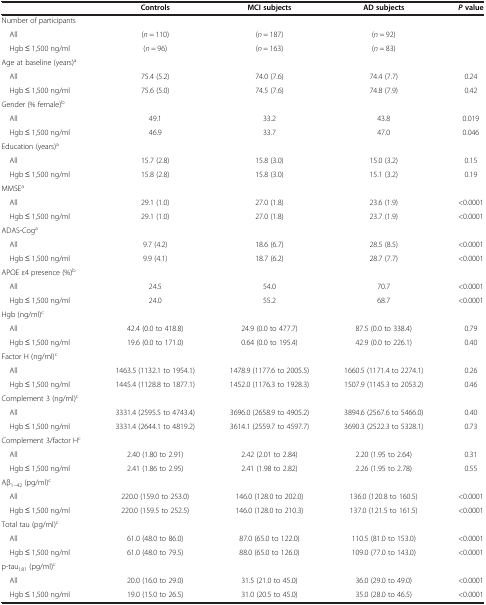
<table><thead><tr><td><b> </b></td><td><b>Controls</b></td><td><b>MCI subjects</b></td><td><b>AD subjects</b></td><td><b><i>P </i>value</b></td></tr></thead><tbody><tr><td>Number of participants</td><td> </td><td> </td><td> </td><td> </td></tr><tr><td> All</td><td>(<i>n</i> = 110)</td><td>(<i>n</i> = 187)</td><td>(<i>n</i> = 92)</td><td> </td></tr><tr><td> Hgb ≤ 1,500 ng/ml</td><td>(<i>n</i> = 96)</td><td>(<i>n</i> = 163)</td><td>(<i>n</i> = 83)</td><td> </td></tr><tr><td>Age at baseline (years)<sup>a</sup></td><td> </td><td> </td><td> </td><td> </td></tr><tr><td> All</td><td>75.4 (5.2)</td><td>74.0 (7.6)</td><td>74.4 (7.7)</td><td>0.24</td></tr><tr><td> Hgb ≤ 1,500 ng/ml</td><td>75.6 (5.0)</td><td>74.5 (7.6)</td><td>74.8 (7.9)</td><td>0.42</td></tr><tr><td>Gender (% female)<sup>b</sup></td><td> </td><td> </td><td> </td><td> </td></tr><tr><td> All</td><td>49.1</td><td>33.2</td><td>43.8</td><td>0.019</td></tr><tr><td> Hgb ≤ 1,500 ng/ml</td><td>46.9</td><td>33.7</td><td>47.0</td><td>0.046</td></tr><tr><td>Education (years)<sup>a</sup></td><td> </td><td> </td><td> </td><td> </td></tr><tr><td> All</td><td>15.7 (2.8)</td><td>15.8 (3.0)</td><td>15.0 (3.2)</td><td>0.15</td></tr><tr><td> Hgb ≤ 1,500 ng/ml</td><td>15.8 (2.8)</td><td>15.8 (3.0)</td><td>15.1 (3.2)</td><td>0.19</td></tr><tr><td>MMSE<sup>a</sup></td><td> </td><td> </td><td> </td><td> </td></tr><tr><td> All</td><td>29.1 (1.0)</td><td>27.0 (1.8)</td><td>23.6 (1.9)</td><td>&lt;0.0001</td></tr><tr><td> Hgb ≤ 1,500 ng/ml</td><td>29.1 (1.0)</td><td>27.0 (1.8)</td><td>23.7 (1.9)</td><td>&lt;0.0001</td></tr><tr><td>ADAS-Cog<sup>a</sup></td><td> </td><td> </td><td> </td><td> </td></tr><tr><td> All</td><td>9.7 (4.2)</td><td>18.6 (6.7)</td><td>28.5 (8.5)</td><td>&lt;0.0001</td></tr><tr><td> Hgb ≤ 1,500 ng/ml</td><td>9.9 (4.1)</td><td>18.7 (6.2)</td><td>28.7 (7.7)</td><td>&lt;0.0001</td></tr><tr><td>APOE ε4 presence (%)<sup>b</sup></td><td> </td><td> </td><td> </td><td> </td></tr><tr><td> All</td><td>24.5</td><td>54.0</td><td>70.7</td><td>&lt;0.0001</td></tr><tr><td> Hgb ≤ 1,500 ng/ml</td><td>24.0</td><td>55.2</td><td>68.7</td><td>&lt;0.0001</td></tr><tr><td>Hgb (ng/ml)<sup>c</sup></td><td> </td><td> </td><td> </td><td> </td></tr><tr><td> All</td><td>42.4 (0.0 to 418.8)</td><td>24.9 (0.0 to 477.7)</td><td>87.5 (0.0 to 338.4)</td><td>0.79</td></tr><tr><td> Hgb ≤ 1,500 ng/ml</td><td>19.6 (0.0 to 171.0)</td><td>0.64 (0.0 to 195.4)</td><td>42.9 (0.0 to 226.1)</td><td>0.40</td></tr><tr><td>Factor H (ng/ml)<sup>c</sup></td><td> </td><td> </td><td> </td><td> </td></tr><tr><td> All</td><td>1463.5 (1132.1 to 1954.1)</td><td>1478.9 (1177.6 to 2005.5)</td><td>1660.5 (1171.4 to 2274.1)</td><td>0.26</td></tr><tr><td> Hgb ≤ 1,500 ng/ml</td><td>1445.4 (1128.8 to 1877.1)</td><td>1452.0 (1176.3 to 1928.3)</td><td>1507.9 (1145.3 to 2053.2)</td><td>0.46</td></tr><tr><td>Complement 3 (ng/ml)<sup>c</sup></td><td> </td><td> </td><td> </td><td> </td></tr><tr><td> All</td><td>3331.4 (2595.5 to 4743.4)</td><td>3696.0 (2658.9 to 4905.2)</td><td>3894.6 (2567.6 to 5466.0)</td><td>0.40</td></tr><tr><td> Hgb ≤ 1,500 ng/ml</td><td>3331.4 (2644.1 to 4819.2)</td><td>3614.1 (2559.7 to 4597.7)</td><td>3690.3 (2522.3 to 5328.1)</td><td>0.73</td></tr><tr><td>Complement 3/factor H<sup>c</sup></td><td> </td><td> </td><td> </td><td> </td></tr><tr><td> All</td><td>2.40 (1.80 to 2.91)</td><td>2.42 (2.01 to 2.84)</td><td>2.20 (1.95 to 2.64)</td><td>0.31</td></tr><tr><td> Hgb ≤ 1,500 ng/ml</td><td>2.41 (1.86 to 2.95)</td><td>2.41 (1.98 to 2.82)</td><td>2.26 (1.95 to 2.78)</td><td>0.55</td></tr><tr><td>Aβ<sub>1–42</sub> (pg/ml)<sup>c</sup></td><td> </td><td> </td><td> </td><td> </td></tr><tr><td> All</td><td>220.0 (159.0 to 253.0)</td><td>146.0 (128.0 to 202.0)</td><td>136.0 (120.8 to 160.5)</td><td>&lt;0.0001</td></tr><tr><td> Hgb ≤ 1,500 ng/ml</td><td>220.0 (159.5 to 252.5)</td><td>146.0 (128.0 to 210.3)</td><td>137.0 (121.5 to 161.5)</td><td>&lt;0.0001</td></tr><tr><td>Total tau (pg/ml)<sup>c</sup></td><td> </td><td> </td><td> </td><td> </td></tr><tr><td> All</td><td>61.0 (48.0 to 86.0)</td><td>87.0 (65.0 to 122.0)</td><td>110.5 (81.0 to 153.0)</td><td>&lt;0.0001</td></tr><tr><td> Hgb ≤ 1,500 ng/ml</td><td>61.0 (48.0 to 79.5)</td><td>88.0 (65.0 to 126.0)</td><td>109.0 (77.0 to 143.0)</td><td>&lt;0.0001</td></tr><tr><td>p-tau<sub>181</sub> (pg/ml)<sup>c</sup></td><td> </td><td> </td><td> </td><td> </td></tr><tr><td> All</td><td>20.0 (16.0 to 29.0)</td><td>31.5 (21.0 to 45.0)</td><td>36.0 (29.0 to 49.0)</td><td>&lt;0.0001</td></tr><tr><td> Hgb ≤ 1,500 ng/ml</td><td>19.0 (15.0 to 26.5)</td><td>31.0 (20.5 to 45.0)</td><td>35.0 (28.0 to 46.5)</td><td>&lt;0.0001</td></tr></tbody></table>